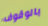
بالوقوف